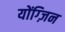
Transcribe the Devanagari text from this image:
योंग्ज़िन